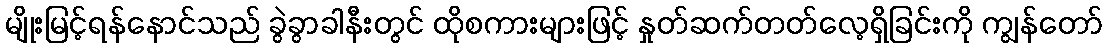
မျိုးမြင့်ရန်နောင်သည် ခွဲခွာခါနီးတွင် ထိုစကားများဖြင့် နှုတ်ဆက်တတ်လေ့ရှိခြင်းကို ကျွန်တော်